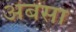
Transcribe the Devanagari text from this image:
अबसा